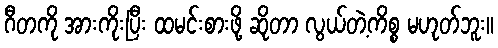
ဂီတကို အားကိုးပြီး ထမင်းစားဖို့ ဆိုတာ လွယ်တဲ့ကိစ္စ မဟုတ်ဘူး။